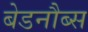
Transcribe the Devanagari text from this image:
बेडनौब्स